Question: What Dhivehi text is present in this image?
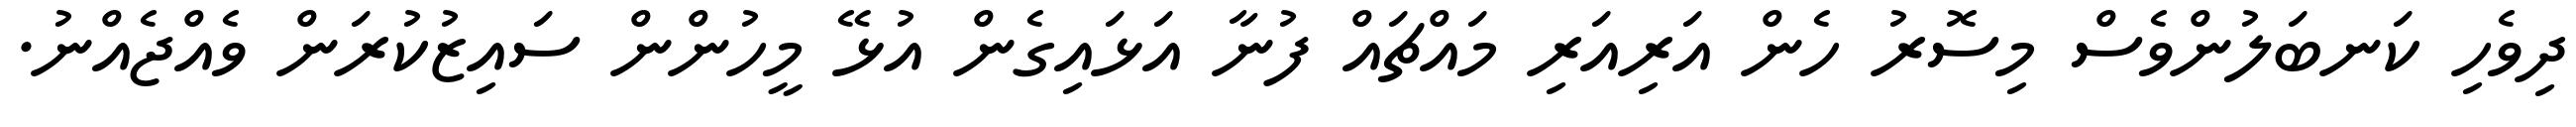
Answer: ދިވެހި ކަނބަލުންވެސް މިސޮރު ހެން އަރިއަރި މައްޗައް ފުނާ އަޅައިގެން އުޅޭ މީހުންން ސައިޒުކުރަން ވެއްޖެއްނު.